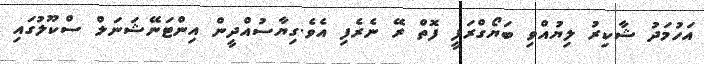
އަހުމަދު ޝާކިރު ލިޔުއްވި ބަޔޯގްރަފީ ފޮތް ރޭ ނެރެފި އެވެ.ގިޔާސުއްދީން އިންޓަނޭޝަނަލް ސްކޫލުގައި